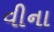
વીના